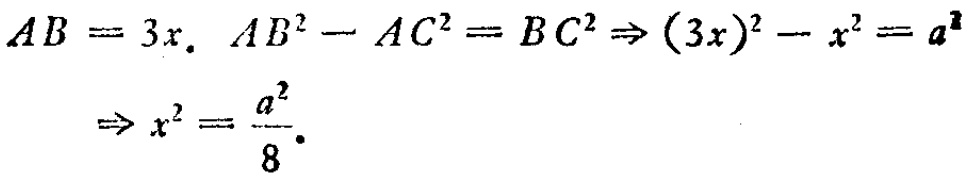
\[
\begin{align*}
AB& = 3x.\\
AB^{2}-AC^{2}&=BC^{2}\Rightarrow(3x)^{2}-x^{2}=a^{2}\\
\Rightarrow x^{2}&=\frac{a^{2}}{8}.
\end{align*}
\]